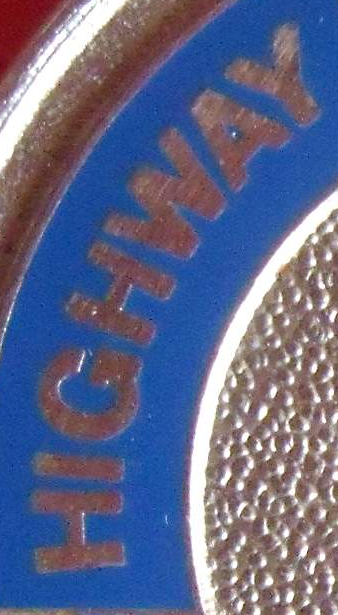
HIGHWAY